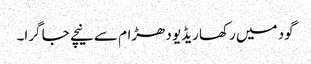
گود میں رکھا ریڈیو دھڑام سے نیچے جا گرا۔